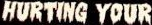
HURTING YOUR